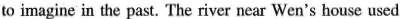
to imaginc in the past. The river near Wen's house used